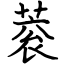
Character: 蓘